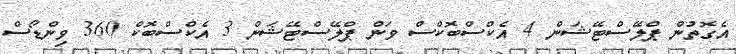
އެގޮތުން ޕްލޭސްޓޭޝަން 4 އެކްސްބޮކްސް ވަން ޕްލޭސްޓޭޝަން 3 އެކްސްބޮކް 360 ވިންޑޯސް